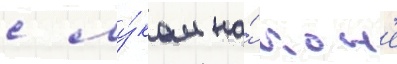
с лу́ком на́ кон'е